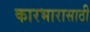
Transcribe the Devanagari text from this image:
कारभारासाठी